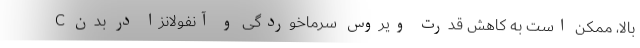
C بالا، ممکن است به کاهش قدرت ویروس سرماخوردگی و آنفولانزا در بدن